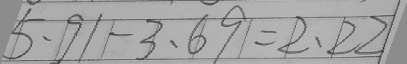
5 . 9 1 - 3 . 6 9 = 2 . 2 2